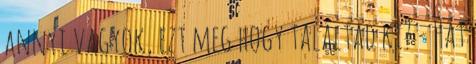
annyi vagyok, ezt meg hogy találtad ki? - Hát